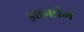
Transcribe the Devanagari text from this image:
ज्ञानप्रेम